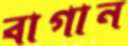
বাগান